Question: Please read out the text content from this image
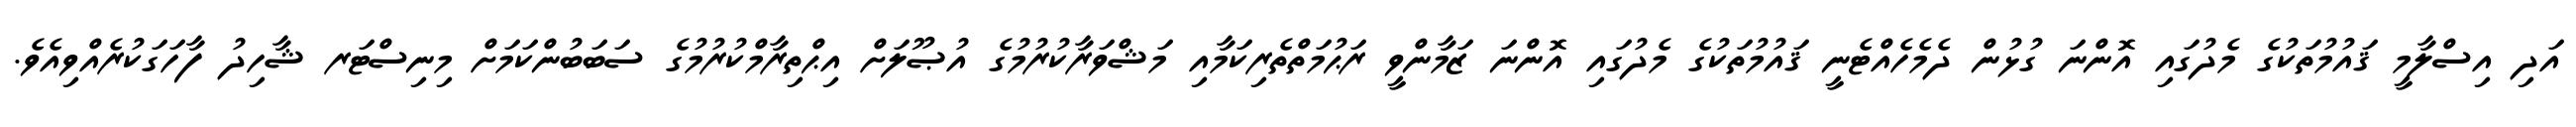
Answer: އަދި އިސްލާމީ ޤައުމުތަކުގެ މެދުގައި އޮންނަ ގުޅުން ދެމެހެއްޓެނީ ޤައުމުތަކުގެ މެދުގައި އޮންނަ ޒަމާންވީ ރަޙުމަތްތެރިކަމާއި މަޝްވަރާކުރުމުގެ އުޞޫލަށް އިޙްތިރާމްކުރުމުގެ ސަބަބުންކަމަށް މިނިސްޓަރ ޝާހިދު ފާހަގަކުރެއްވިއެވެ.